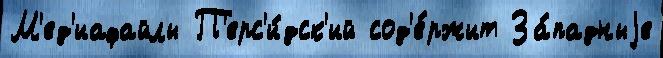
М'ед'иафайлы П'ерс'и́дск'ий сод'е́ржит За́падныjе